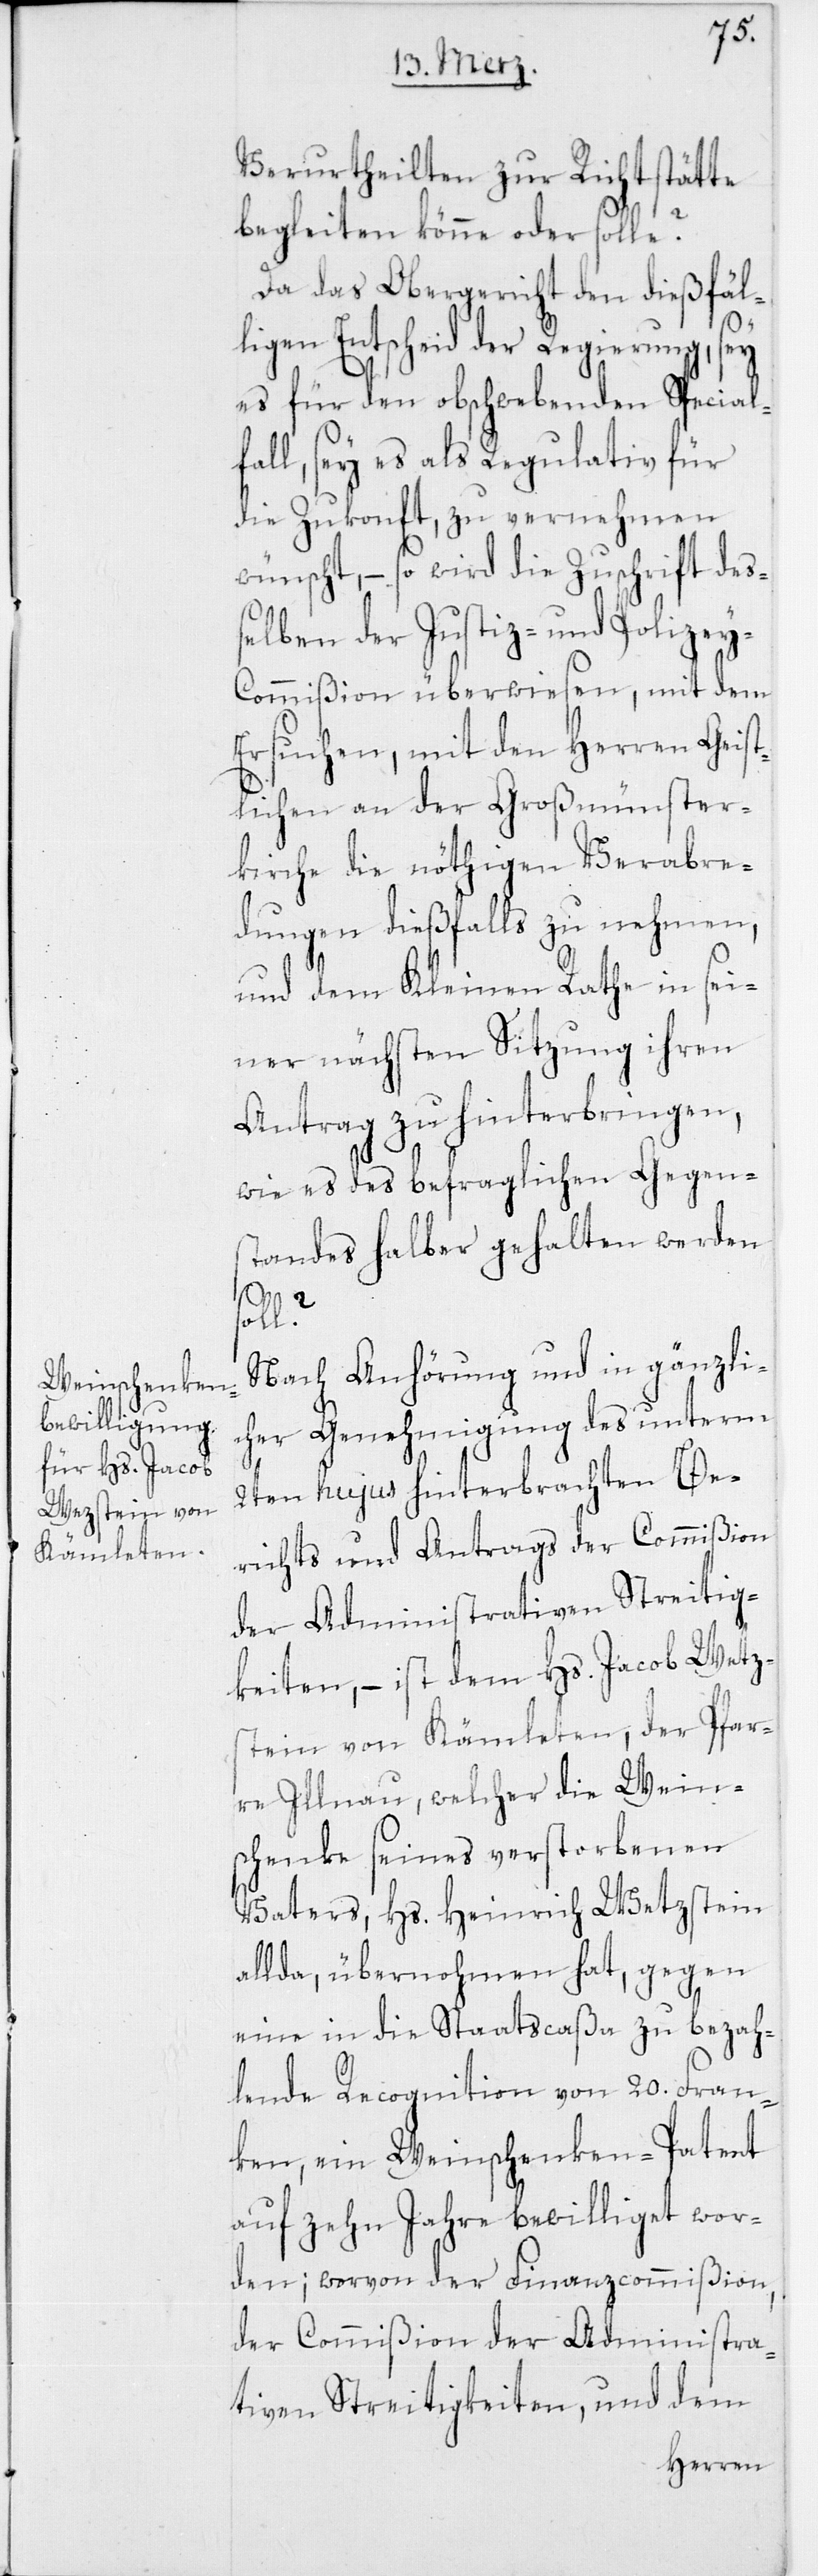
Verurtheilten zur Richtstätte
begleiten könne oder solle?
Da das Obergericht den dießfäl¬
ligen Entscheid der Regierung, sey
es für den obschwebenden Special¬
fall, sey es als Regulativ für
die Zukonft, zu vernehmen
wünscht, – so wird die Zuschrift deß¬
elben der Justiz- und Polizey-C¬
ommißion überwiesen, mit dem
Ersuchen, mit den Herren Geist¬
lichen an der Großmünster¬
kirche die nöthigen Verabre¬
dungen dießfalls zu nehmen,
und dem Kleinen Rathe in sei¬
ner nächsten Sitzung ihren
Antrag zu hinterbringen,
wie es des befraglichen Gegens¬
tandes halber gehalten werde
stein
soll?
Nach Anhörung und in gänzli¬
cher Genehmigung des unterm
2ten hujus hinterbrachten Be¬
richts und Antrags der Commißion
der Administrativen Streitig¬
keiten, – ist dem Hs. Jacob Wetz¬
von Kämleten, der Pfar¬
re Illnau, welcher die Wein¬
schenke seines verstorbenen
Vaters, Hs. Heinrich Wetzstein
allda, übernohmen hat, gegen
eine in die Staatscaßa zu bezah¬
lende Recognition von 20. Fran¬
ken, ein Weinschenken-Patent
auf zehn Jahre bewilliget wor¬
den; worvon der Finanzcommißion,
der Commißion der Administra¬
tiven Streitigkeiten, und dem